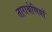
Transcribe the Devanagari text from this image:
ताराश्रेणियों